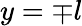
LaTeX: y=\mp l